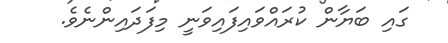
ގައި ބަޔާން ކުރައްވައިފައިވަނީ މިފަދައިންނެވެ.